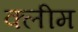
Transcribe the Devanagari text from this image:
क्लीम